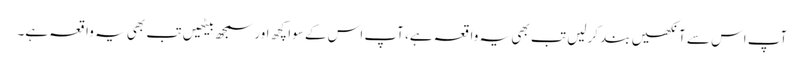
آپ اس سے آنکھیں بند کرلیں تب بھی یہ واقعہ ہے، آپ اس کے سوا کچھ اور سمجھ بیٹھیں تب بھی یہ واقعہ ہے۔